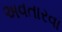
અવતારવા